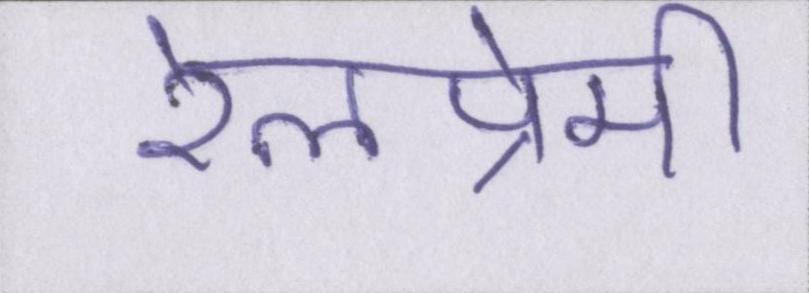
रेलप्रेमी